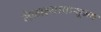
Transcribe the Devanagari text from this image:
मेळाव्यापासूनच